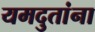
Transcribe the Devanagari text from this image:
यमदुतांना